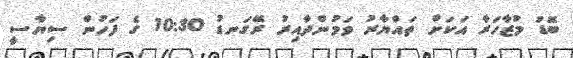
ބޮޑު މުޒާހަރާ އަކަށް ތައްޔާރު ވަމުންދާއިރު ރޭގަނޑު 10:30 ގެ ފަހުން ސިޔާސީ